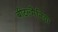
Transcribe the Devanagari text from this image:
बीटल्मैनिया